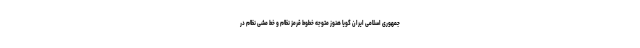
جمهوری اسلامی ایران گویا هنوز متوجه خطوط قرمز نظام و خط مشی نظام در